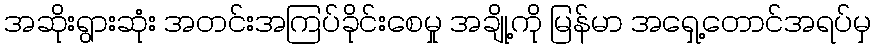
အဆိုးရွားဆုံး အတင်းအကြပ်ခိုင်းစေမှု အချို့ကို မြန်မာ အရှေ့တောင်အရပ်မှ